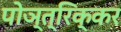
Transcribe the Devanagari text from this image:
पोञ्त्रिक्कर